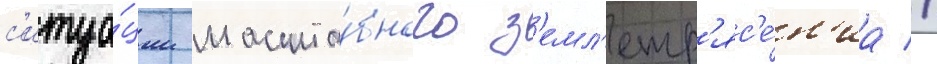
с'итуа́ции масшта́бного з'емл'етр'яс'е́н'иа //